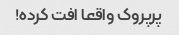
پرپروک واقعا افت کرده!